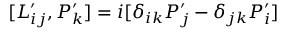
[ L _ { i j } ^ { \prime } , P _ { k } ^ { \prime } ] = i [ \delta _ { i k } P _ { j } ^ { \prime } - \delta _ { j k } P _ { i } ^ { \prime } ] \,